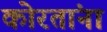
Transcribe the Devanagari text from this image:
कोरतांना